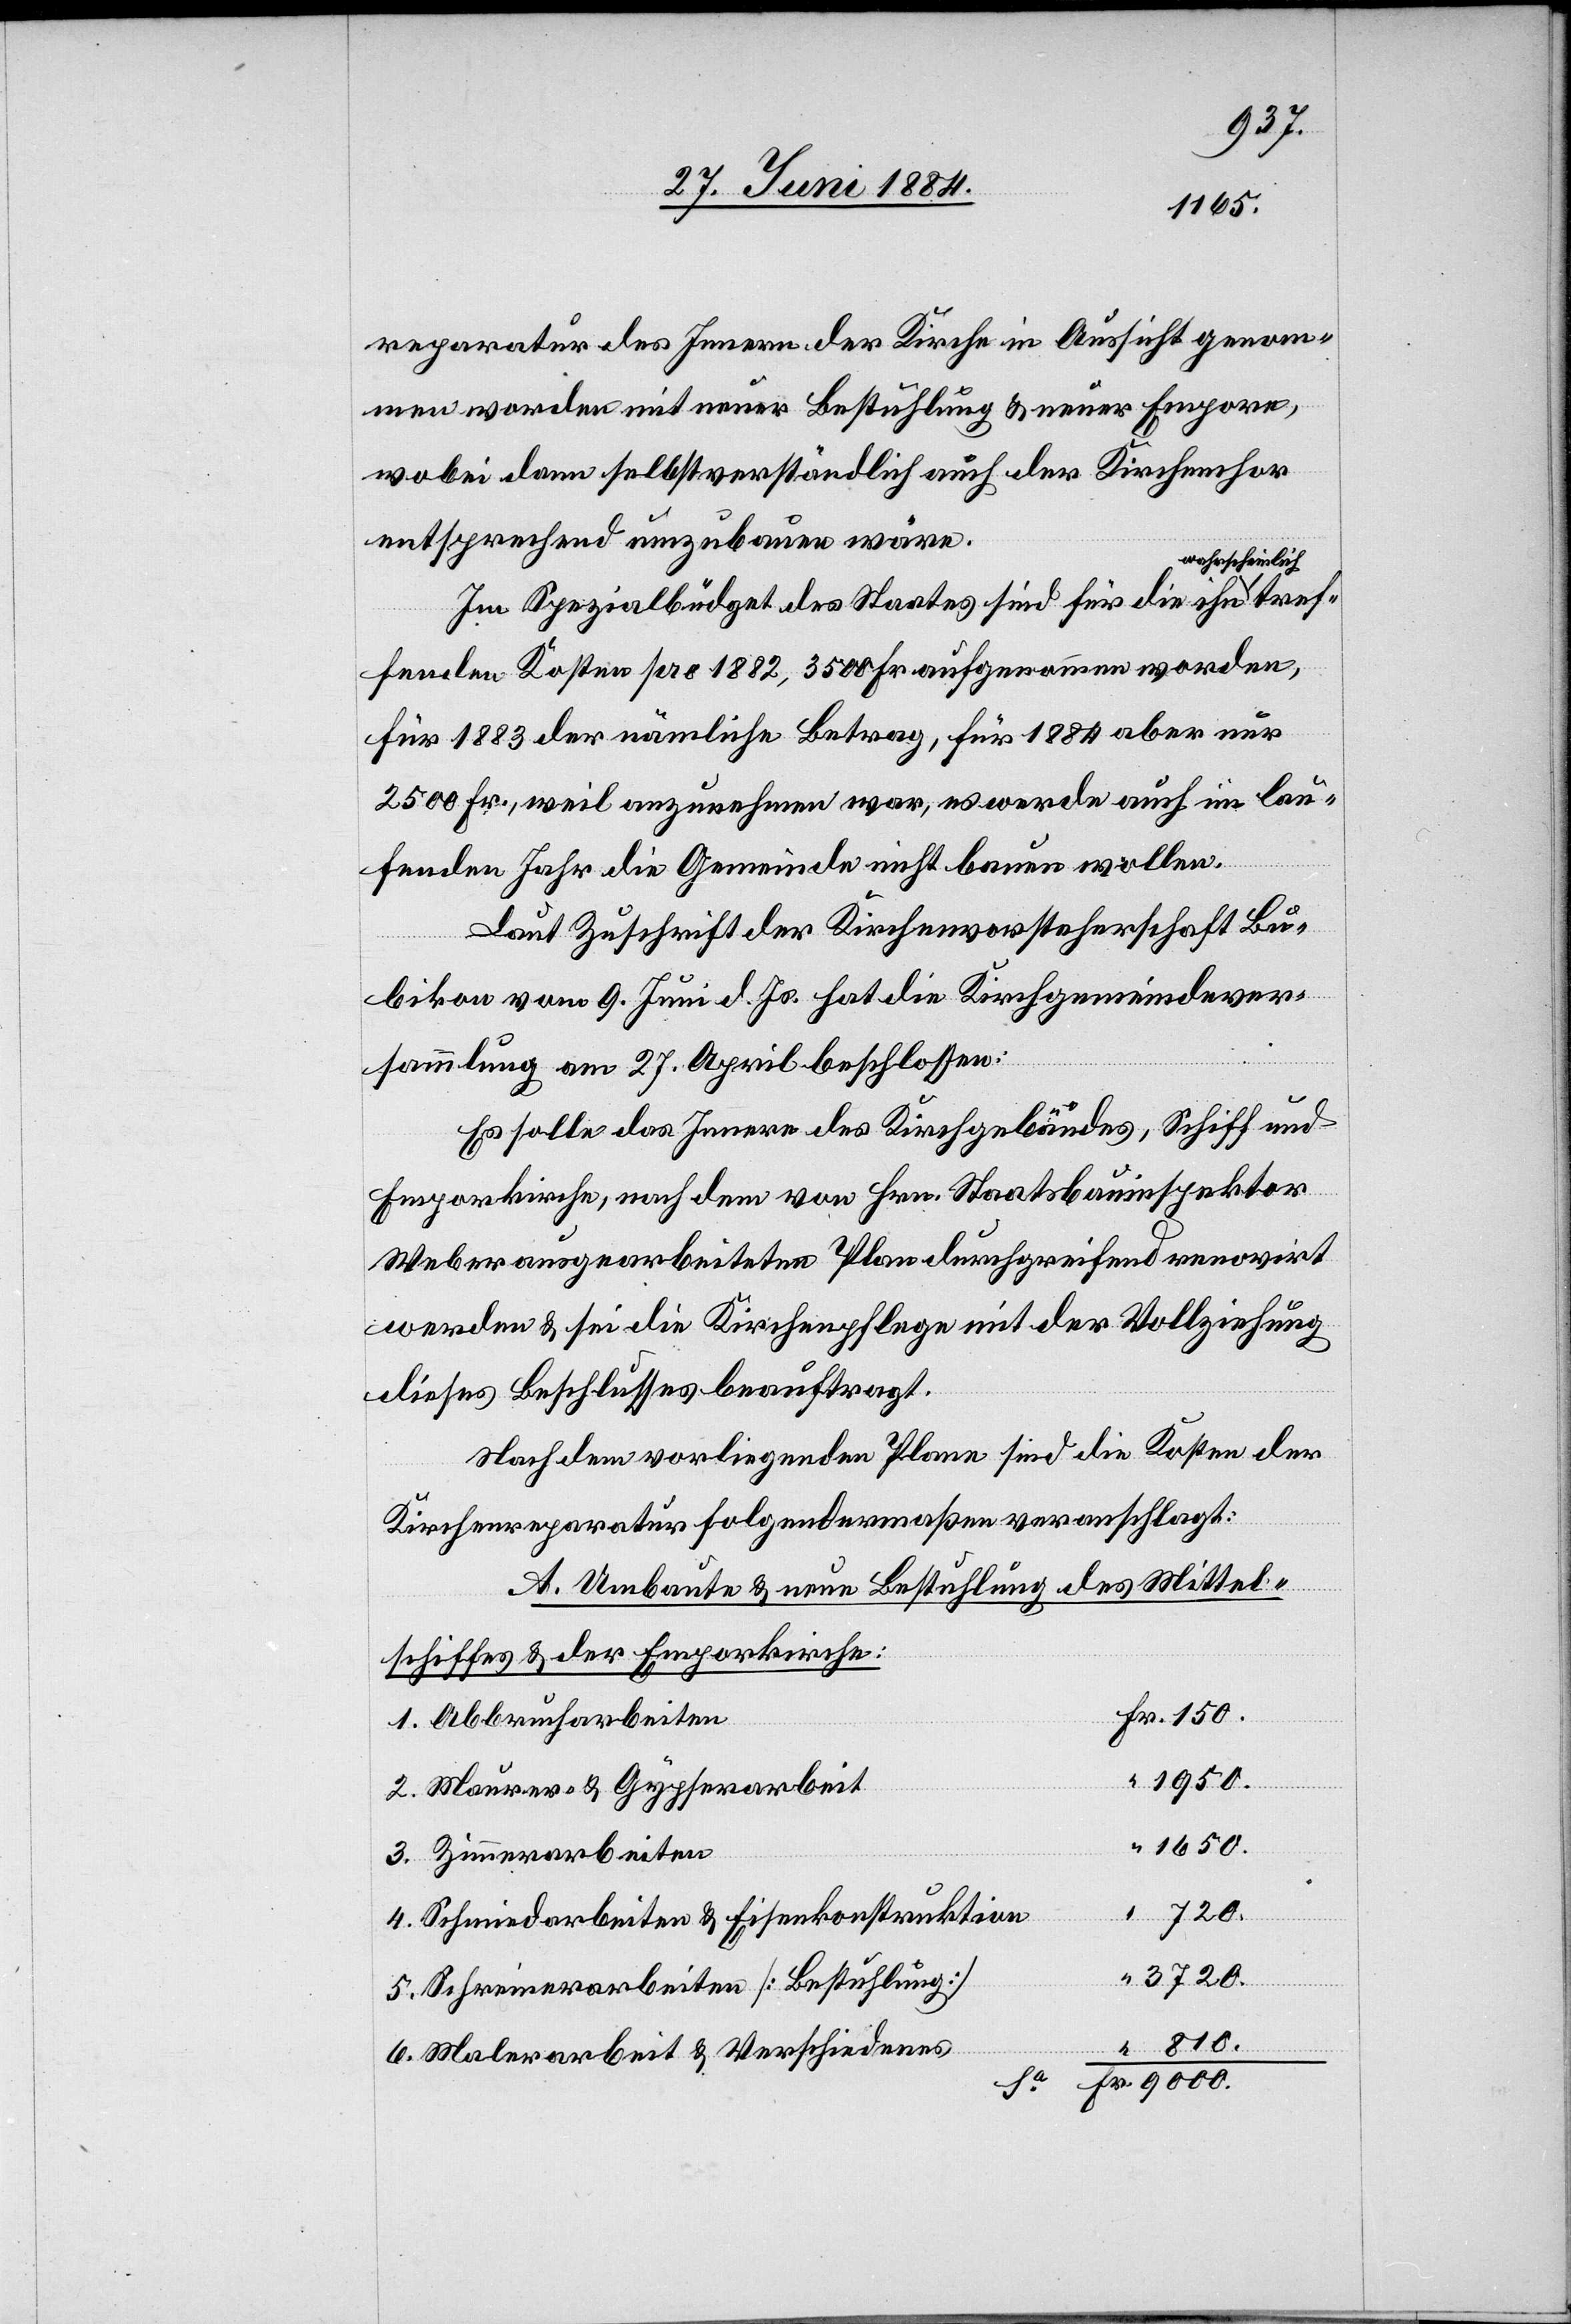
3720.
reparatur des Innern der Kirche in Aussicht genom¬
men worden mit neuer Bestuhlung & neuer Empore,
wobei dann selbstverständlich auch der Kirchenchor
entsprechend umzubauen wäre.
a-wahrscheinlich-a
Im Spezialbüdget des Staates sind für die ihn
fenden Kosten pro 1882, 3500 Fr. aufgenommen worden,
für 1883 der nämliche Betrag, für 1884 aber nur
2500 Fr., weil anzunehmen war, es werde auch im lau¬
fenden Jahr die Gemeinde nicht bauen wollen.
Laut Zuschrift der Kirchenvorsteherschaft Bu¬
bikon vom 9. Juni d. Js. hat die Kirchgemeindever¬
sammlung am 27. April beschlossen:
Es solle das Innere des Kirchgebäudes, Schiff und
Emporkirche, nach dem von Hrn. Staatsbauinspektor
Weber ausgearbeiteten Plan durchgreifend renovirt
werden & sei die Kirchenpflege mit der Vollziehung
dieses Beschlusses beauftragt.
Nach dem vorliegenden Plane sind die Kosten der
Kirchenreparatur folgendermaßen veranschlagt:
Fr.
A. Umbaute & neue Bestellung des Mittel¬
schiffes & der Emporkirche:
1. Abbrucharbeiten
150.
2. Maurer- & Gypserarbeit
1650.
3. Zimmerarbeiten
720.
4. Schmiedarbeiten & Eisenkonstruktion
5. Schreinerarbeiten [Bestuhlung]
6. Malerarbeit & Verschiedenes